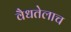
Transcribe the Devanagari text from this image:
वैधतेलाच